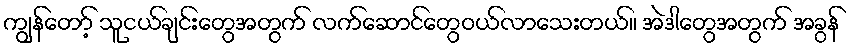
ကျွန်တော့် သူငယ်ချင်းတွေအတွက် လက်ဆောင်တွေဝယ်လာသေးတယ်။ အဲဒါတွေအတွက် အခွန်